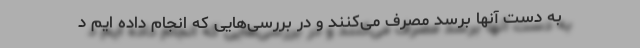
به دست آنها برسد مصرف می‌کنند و در بررسی‌هایی که انجام داده ایم د